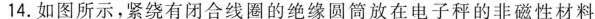
14.如图所示，紧绕有闭合线圈的绝缘圆筒放在电子秤的非磁性材料